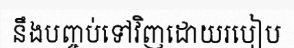
នឹងបញ្ចប់ទៅវិញដោយរបៀប